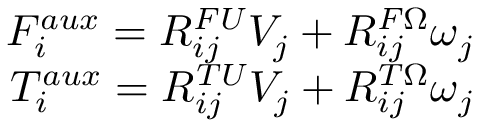
\begin{array} { r } { F _ { i } ^ { a u x } = R _ { i j } ^ { F U } V _ { j } + R _ { i j } ^ { F \Omega } \omega _ { j } } \\ { T _ { i } ^ { a u x } = R _ { i j } ^ { T U } V _ { j } + R _ { i j } ^ { T \Omega } \omega _ { j } } \end{array}